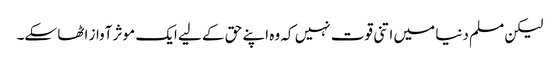
لیکن مسلم دنیا میں اتنی قوت نہیں کہ وہ اپنے حق کے لیے ایک موثر آواز اٹھا سکے۔